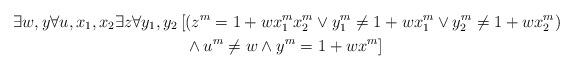
LaTeX: \begin{align*} \exists w, y \forall u, x_1, x_2 \exists z \forall y_1, y_2\, [&(z^m=1+wx_1^mx_2^m\vee y_1^m\neq 1+wx_1^m \vee y_2^m\neq 1+wx_2^m)\\&\wedge u^m\neq w\wedge y^m=1+wx^m]\end{align*}